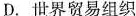
D.世界贸易组织